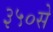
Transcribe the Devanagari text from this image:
३५०से